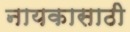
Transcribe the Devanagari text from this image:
नायकासाठी